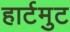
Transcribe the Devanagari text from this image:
हार्टमुट